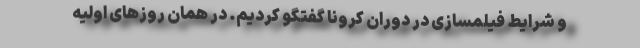
و شرایط فیلمسازی در دوران کرونا گفتگو کردیم. در همان روزهای اولیه